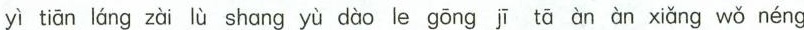
yì tiān láng zài lù shang yù dào le gōng jī tā àn àn xiǎng wǒ néng